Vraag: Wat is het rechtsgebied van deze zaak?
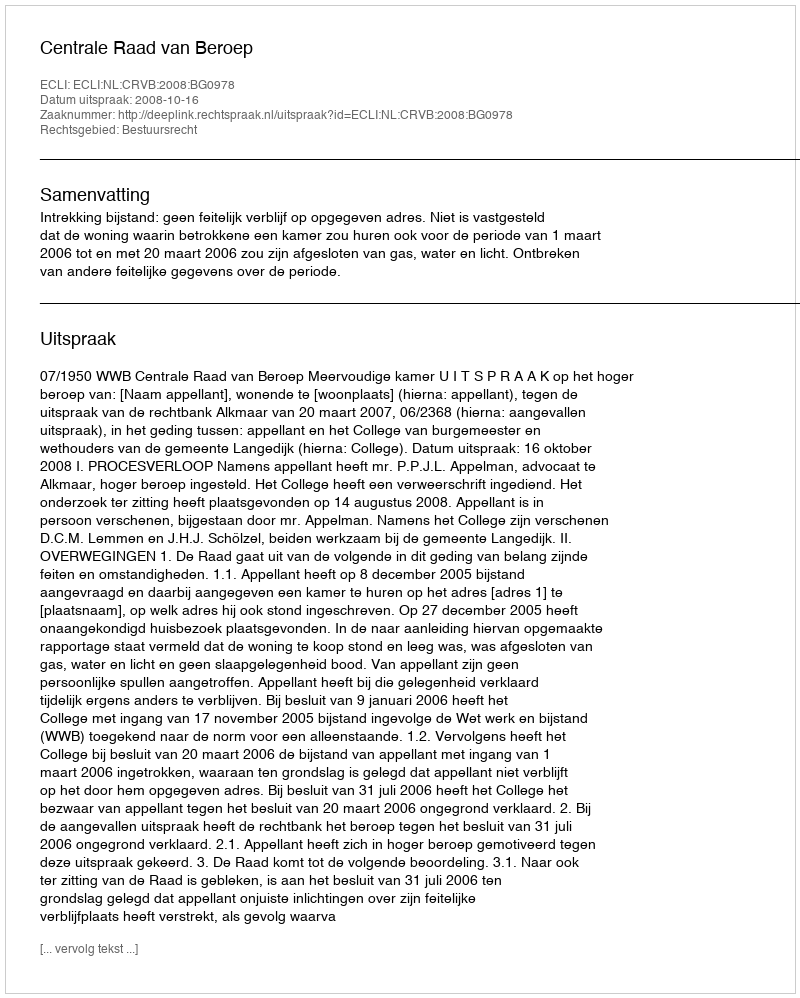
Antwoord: Bestuursrecht